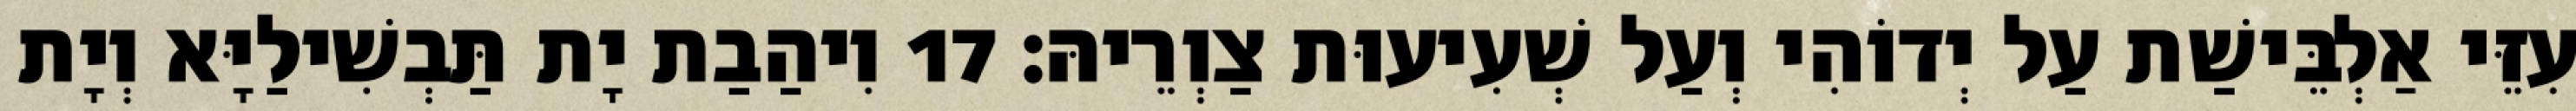
עִזֵּי אַלְבֵּישַׁת עַל יְדוֹהִי וְעַל שְׁעִיעוּת צַוְרֵיהּ׃ 17 וִיהַבַת יָת תַּבְשִׁילַיָּא וְיָת